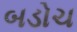
બડોચ